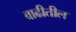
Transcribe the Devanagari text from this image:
वाढीतील